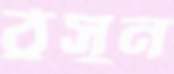
ঠুসুন